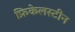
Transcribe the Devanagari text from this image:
फ़िकेलस्टीन